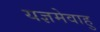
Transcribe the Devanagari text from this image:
यज्ञमेवाहु